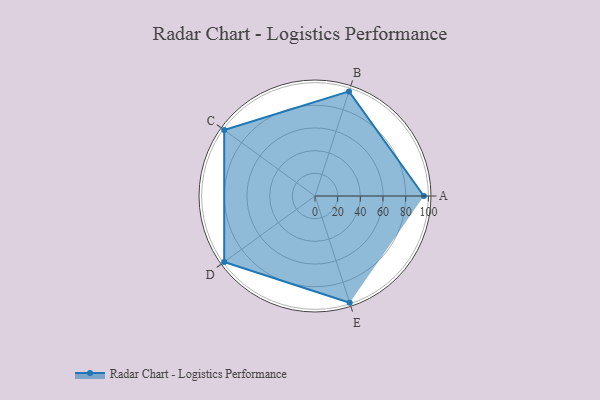
{"axis": {"x": "Skill", "y": "Score"}, "legend": ["Profile"], "data": [{"x": "A", "y": 96.0, "type": "Profile"}, {"x": "B", "y": 97.0, "type": "Profile"}, {"x": "C", "y": 99, "type": "Profile"}, {"x": "D", "y": 99, "type": "Profile"}, {"x": "E", "y": 99, "type": "Profile"}]}